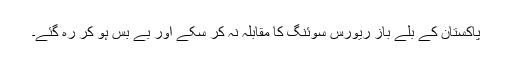
پاکستان کے بلے باز ریورس سوئنگ کا مقابلہ نہ کر سکے اور بے بس ہو کر رہ گئے۔